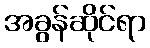
အခွန်ဆိုင်ရာ